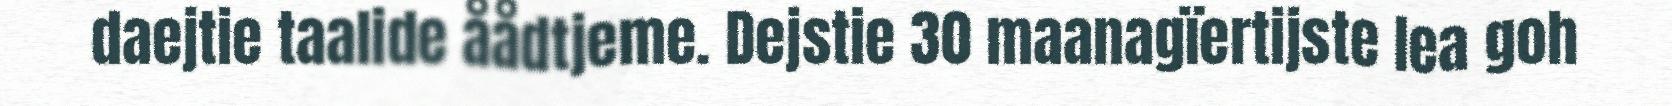
daejtie taalide åådtjeme. Dejstie 30 maanagïertijste lea goh